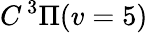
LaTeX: C\, {}^{3}\Pi(v=5)